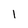
Character: 1